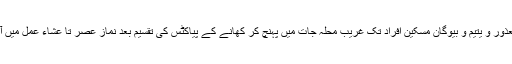
غریب معذور و یتیم و بیوگان مسکین افراد تک غریب محلہ جات میں پہنچ کر کھانے کے پیاکٹس کی تقسیم بعد نماز عصر تا عشاء عمل میں آئے گی ۔